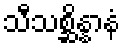
သီသစ္ဆိန္နာနံ